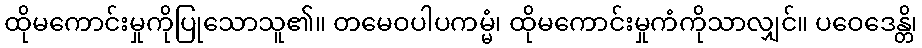
ထိုမကောင်းမှုကိုပြုသောသူ၏။ တမေဝပါပကမ္မံ၊ ထိုမကောင်းမှုကံကိုသာလျှင်။ ပဝေဒေန္တိ၊